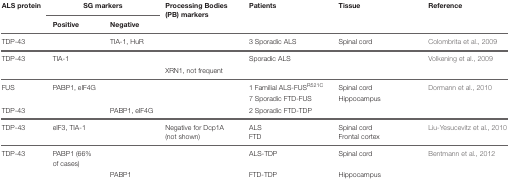
<table><thead><tr><td><b>ALS protein</b></td><td colspan="2"><b>SG markers</b></td><td><b>Processing Bodies (PB) markers</b></td><td><b>Patients</b></td><td><b>Tissue</b></td><td><b>Reference</b></td></tr><tr><td>[EMPTY_CELL]</td><td><b>Positive</b></td><td><b>Negative</b></td><td>[EMPTY_CELL]</td><td>[EMPTY_CELL]</td><td>[EMPTY_CELL]</td><td>[EMPTY_CELL]</td></tr></thead><tbody><tr><td>TDP-43</td><td>[EMPTY_CELL]</td><td>TIA-1, HuR</td><td>[EMPTY_CELL]</td><td>3 Sporadic ALS</td><td>Spinal cord</td><td>Colombrita et al., 2009</td></tr><tr><td>TDP-43</td><td>TIA-1</td><td>[EMPTY_CELL]</td><td>[EMPTY_CELL]</td><td>Sporadic ALS</td><td>[EMPTY_CELL]</td><td>Volkening et al., 2009</td></tr><tr><td>[EMPTY_CELL]</td><td>[EMPTY_CELL]</td><td>[EMPTY_CELL]</td><td>XRN1, not frequent</td><td>[EMPTY_CELL]</td><td>[EMPTY_CELL]</td><td>[EMPTY_CELL]</td></tr><tr><td>FUS</td><td>PABP1, eIF4G</td><td>[EMPTY_CELL]</td><td>[EMPTY_CELL]</td><td>1 Familial ALS-FUS<sup>R521C</sup></td><td>Spinal cord</td><td>Dormann et al., 2010</td></tr><tr><td>[EMPTY_CELL]</td><td>[EMPTY_CELL]</td><td>[EMPTY_CELL]</td><td>[EMPTY_CELL]</td><td>7 Sporadic FTD-FUS</td><td>Hippocampus</td><td>[EMPTY_CELL]</td></tr><tr><td>TDP-43</td><td>[EMPTY_CELL]</td><td>PABP1, eIF4G</td><td>[EMPTY_CELL]</td><td>2 Sporadic FTD-TDP</td><td>[EMPTY_CELL]</td><td>[EMPTY_CELL]</td></tr><tr><td>TDP-43</td><td>eIF3, TIA-1</td><td>[EMPTY_CELL]</td><td>Negative for Dcp1A (not shown)</td><td>ALS FTD</td><td>Spinal cord Frontal cortex</td><td>Liu-Yesucevitz et al., 2010</td></tr><tr><td>TDP-43</td><td>PABP1 (66% of cases)</td><td>[EMPTY_CELL]</td><td>[EMPTY_CELL]</td><td>ALS-TDP</td><td>Spinal cord</td><td>Bentmann et al., 2012</td></tr><tr><td>[EMPTY_CELL]</td><td>[EMPTY_CELL]</td><td>PABP1</td><td>[EMPTY_CELL]</td><td>FTD-TDP</td><td>Hippocampus</td><td>[EMPTY_CELL]</td></tr></tbody></table>